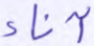
آناء